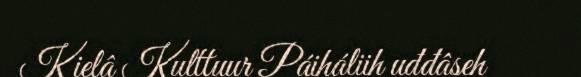
Kielâ Kulttuur Páiháliih uđđâseh